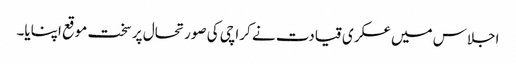
اجلاس میں عسکری قیادت نے کراچی کی صورتحال پر سخت موقع اپنایا۔